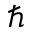
\hbar